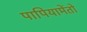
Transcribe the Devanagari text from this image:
पापियामेंतो